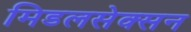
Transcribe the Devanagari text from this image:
मिडलसेक्सन